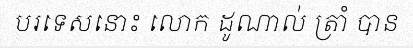
បរទេសនោះ លោក ដូណាល់ ត្រាំ បាន